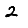
Digit: 2